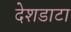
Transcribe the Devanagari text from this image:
देशडाटा